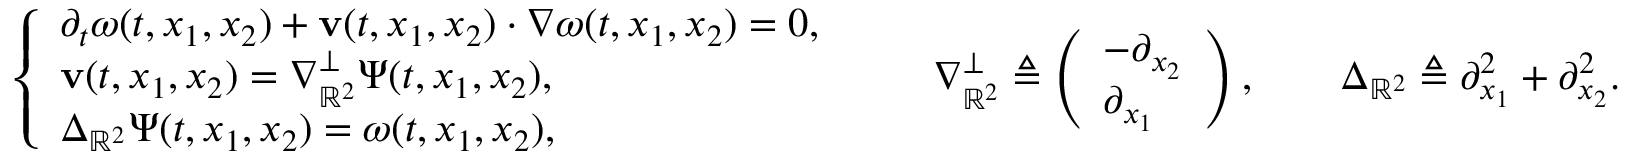
\left\{ \begin{array} { l l } { \partial _ { t } \boldsymbol { \omega } ( t , x _ { 1 } , x _ { 2 } ) + \mathbf { v } ( t , x _ { 1 } , x _ { 2 } ) \cdot \nabla \boldsymbol { \omega } ( t , x _ { 1 } , x _ { 2 } ) = 0 , } \\ { \mathbf { v } ( t , x _ { 1 } , x _ { 2 } ) = \nabla _ { \mathbb { R } ^ { 2 } } ^ { \perp } \boldsymbol { \Psi } ( t , x _ { 1 } , x _ { 2 } ) , } \\ { \Delta _ { \mathbb { R } ^ { 2 } } \boldsymbol { \Psi } ( t , x _ { 1 } , x _ { 2 } ) = \boldsymbol { \omega } ( t , x _ { 1 } , x _ { 2 } ) , } \end{array} \right. \qquad \nabla _ { \mathbb { R } ^ { 2 } } ^ { \perp } \triangleq \left( \begin{array} { l } { - \partial _ { x _ { 2 } } } \\ { \partial _ { x _ { 1 } } } \end{array} \right) , \qquad \Delta _ { \mathbb { R } ^ { 2 } } \triangleq \partial _ { x _ { 1 } } ^ { 2 } + \partial _ { x _ { 2 } } ^ { 2 } .